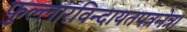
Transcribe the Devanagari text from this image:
फुल्लारविन्दायतपत्रनेत्र।